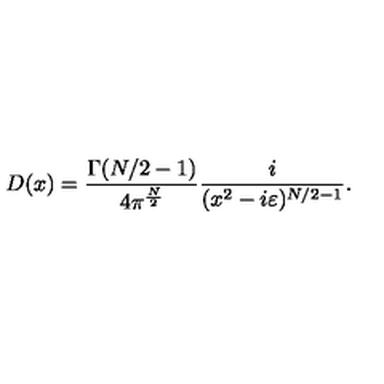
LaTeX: D ( x ) = \frac { \Gamma ( N / 2 - 1 ) } { 4 \pi ^ { \frac { N } { 2 } } } \frac { i } { ( x ^ { 2 } - i \varepsilon ) ^ { N / 2 - 1 } } .